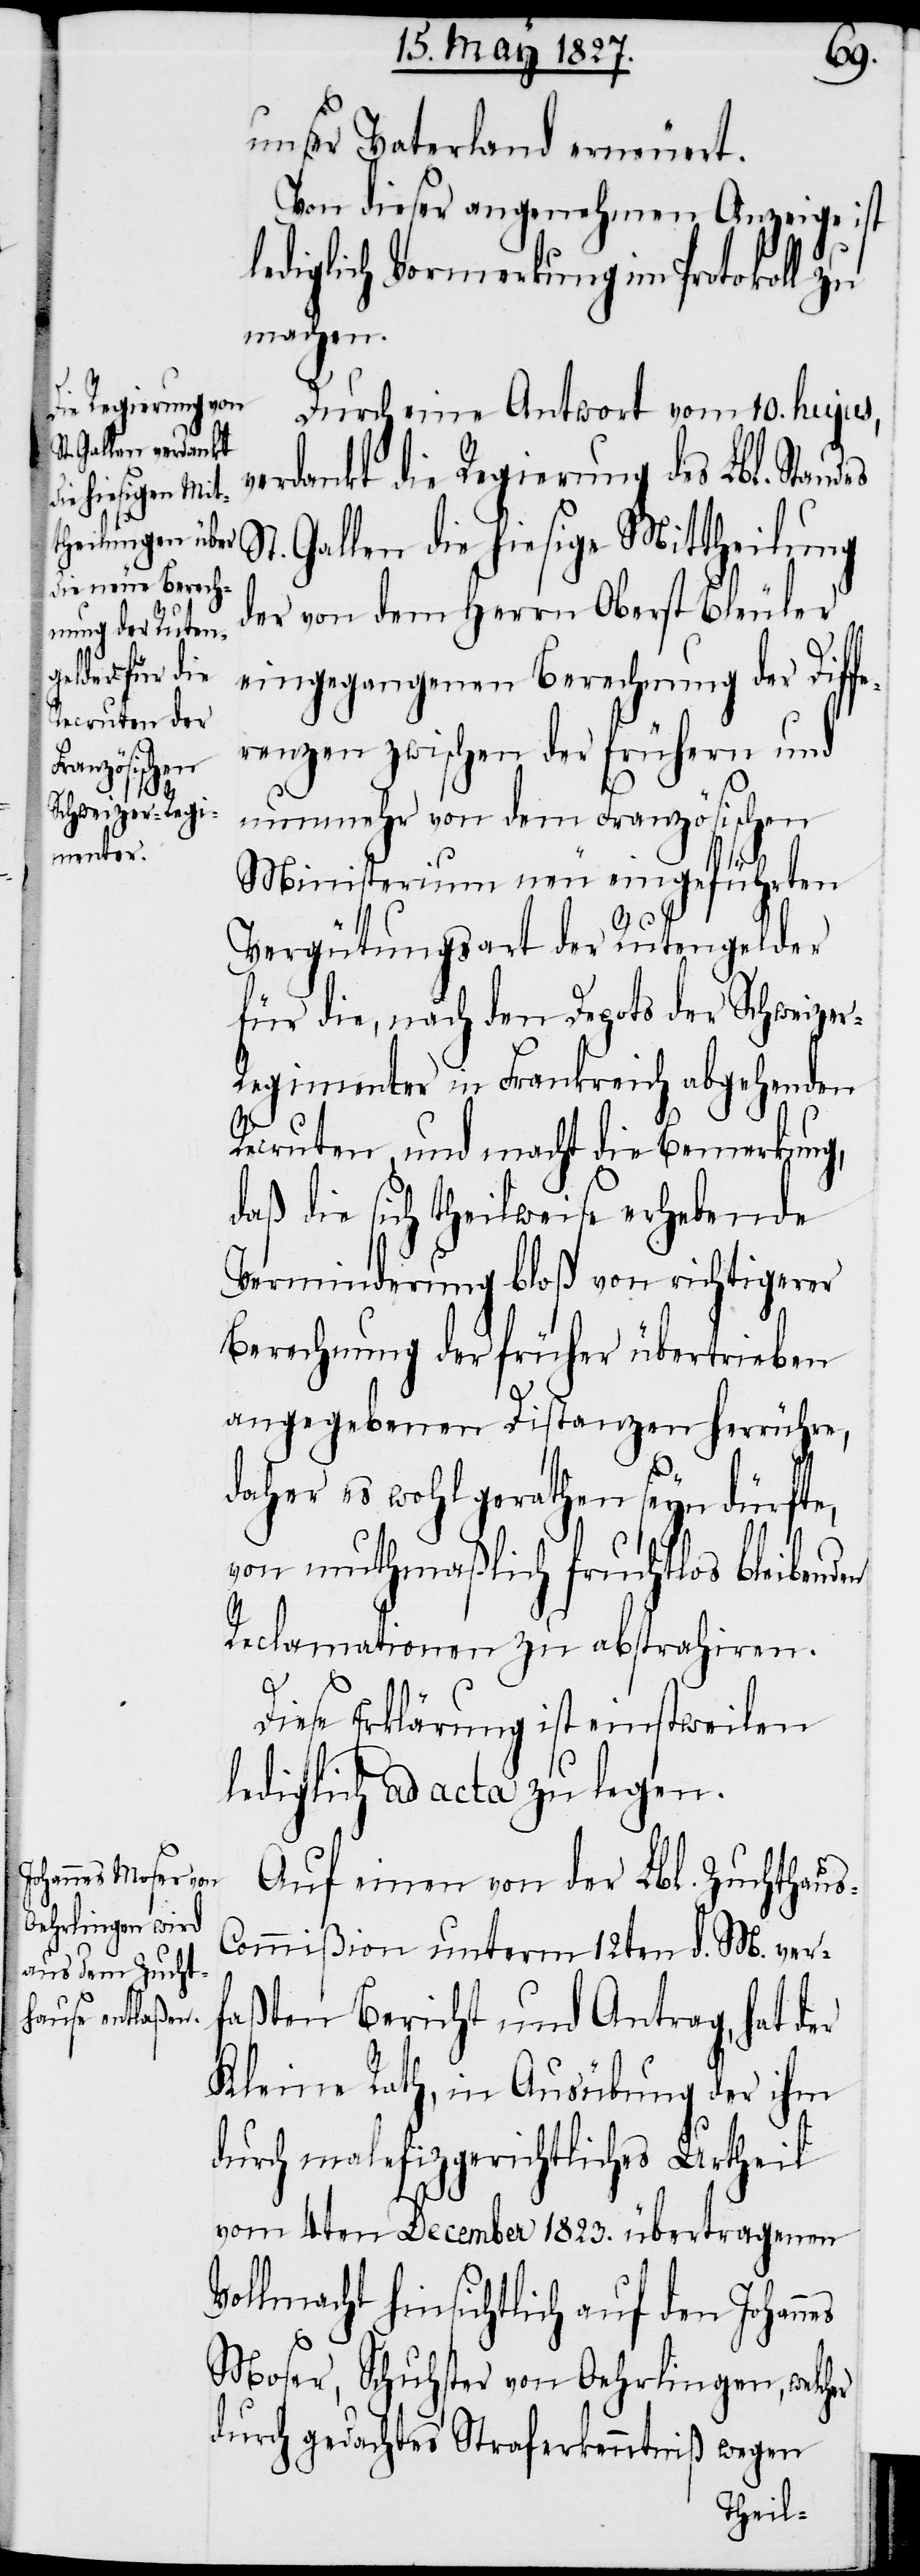
unser Vaterland erneuert.
Von dieser angenehmen Anzeige ist
lediglich Vormerkung im Protokoll zu
machen.
Durch eine Antwort vom 10. hujus,
verdankt die Regierung des Lbl. Stand¬
St. Gallen die hiesige Mittheilung
der von dem Herrn Oberst Bleuler
eingegangenen Berechnungen der Diffe¬
renzen zwischen den frühern und
nunmehr von dem Französischen
er
Ministerium neu eingeführten
Vergütungsart der Rutengelder
für die, nach den Depots der Schweize¬
egimenter in Frankreich abgehenden
Recruten und macht die Bemerkung,
daß die sich theilweise erhebende
Verminderung bloß von richtigerer
Berechnung des früher übertrieben
angegebenen Distanzen herrühre,
daher es wohl gerathen seyn dürfte,
von muthmaßlich fruchtlos bleibenden
Reclamationen zu abstrahiren.
Diese Erklärung ist einstweilen
lediglich ad acta zu legen.
Auf einen von der Lbl. Zuchthau¬
ommißion unterm 12ten d. M. ver¬
faßten Bericht und Antrag, hat der
Kleine Rath, in Ausübung der ihm
durch malefizgerichtliches Urtheil
vom 4ten December 1823. übertragenen
Vollmacht hinsichtlich auf den Johannes
Moser, Schuhster von Oehrlingen, welch¬
durch gedachtes Straferkenntniß
wegen